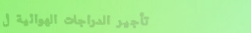
تأجير الدراجات الهوائية ل